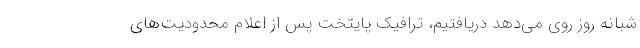
شبانه روز روی می‌دهد دریافتیم، ترافیک پایتخت پس از اعلام محدودیت‌های